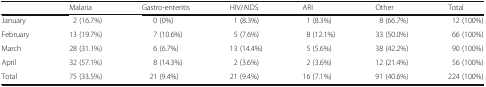
|  | Malaria | Gastro-enteritis | HIV/AIDS | ARI | Other | Total |
 | --- | --- | --- | --- | --- | --- | --- |
 | January | 2 (16.7%) | 0 (0%) | 1 (8.3%) | 1 (8.3%) | 8 (66.7%) | 12 (100%) |
 | February | 13 (19.7%) | 7 (10.6%) | 5 (7.6%) | 8 (12.1%) | 33 (50.0%) | 66 (100%) |
 | March | 28 (31.1%) | 6 (6.7%) | 13 (14.4%) | 5 (5.6%) | 38 (42.2%) | 90 (100%) |
 | April | 32 (57.1%) | 8 (14.3%) | 2 (3.6%) | 2 (3.6%) | 12 (21.4%) | 56 (100%) |
 | Total | 75 (33.5%) | 21 (9.4%) | 21 (9.4%) | 16 (7.1%) | 91 (40.6%) | 224 (100%) |